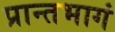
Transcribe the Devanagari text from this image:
प्रान्तभागं